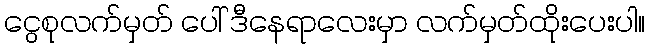
ငွေစုလက်မှတ် ပေါ် ဒီနေရာလေးမှာ လက်မှတ်ထိုးပေးပါ။